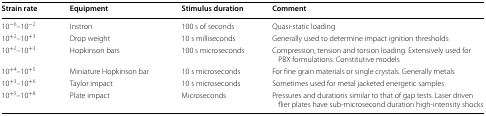
<table><thead><tr><td><b>Strain rate</b></td><td><b>Equipment</b></td><td><b>Stimulus duration</b></td><td><b>Comment</b></td></tr></thead><tbody><tr><td>10<sup>−6</sup>–10<sup>−2</sup></td><td>Instron</td><td>100 s of seconds</td><td>Quasi-static loading</td></tr><tr><td>10<sup>+2</sup>–10<sup>+3</sup></td><td>Drop weight</td><td>10 s milliseconds</td><td>Generally used to determine impact ignition thresholds</td></tr><tr><td>10<sup>+2</sup>–10<sup>+3</sup></td><td>Hopkinson bars</td><td>100 s microseconds</td><td>Compression, tension and torsion loading. Extensively used for PBX formulations. Constitutive models</td></tr><tr><td>10<sup>+4</sup>–10<sup>+5</sup></td><td>Miniature Hopkinson bar</td><td>10 s microseconds</td><td>For fine grain materials or single crystals. Generally metals</td></tr><tr><td>10<sup>+3</sup>–10<sup>+6</sup></td><td>Taylor impact</td><td>10 s microseconds</td><td>Sometimes used for metal jacketed energetic samples</td></tr><tr><td>10<sup>+5</sup>–10<sup>+8</sup></td><td>Plate impact</td><td>Microseconds</td><td>Pressures and durations similar to that of gap tests. Laser driven flier plates have sub-microsecond duration high-intensity shocks</td></tr></tbody></table>